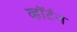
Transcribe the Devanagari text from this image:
व्हॉर्टन